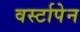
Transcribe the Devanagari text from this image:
वर्स्टापेन